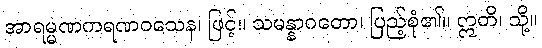
အာရမ္မဏကရဏဝသေန၊ ဖြင့်။ သမန္နာဂတော၊ ပြည့်စုံ၏။ ဣတိ၊ သို့။